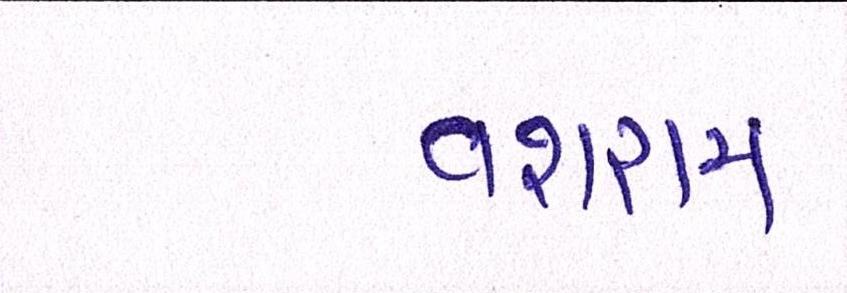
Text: વશરામ